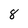
Character: 8